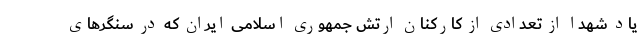
یاد شهدا از تعدادی از کارکنان ارتش جمهوری اسلامی ایران که در سنگرهای